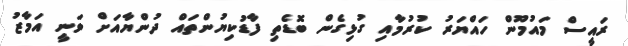
ރައީސް މައުމޫން ހައްޔަރު ކުރުމާއި ގުޅިގެން ބޮޑެތި ފާޑުކިޔުންތައް ދުންޔާއަށް ވަނީ އަމާޒު